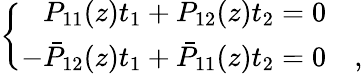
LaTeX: \left\{ \begin{array}{rl}{{P_{11}(z)t_{1}+P_{12}(z)t_{2}=0}}&{{}}\\ {{-\bar{P}_{12}(z)t_{1}+\bar{P}_{11}(z)t_{2}=0}}&{{,}}\end{array}\right.